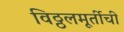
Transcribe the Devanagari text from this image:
विठ्ठलमूर्तीची